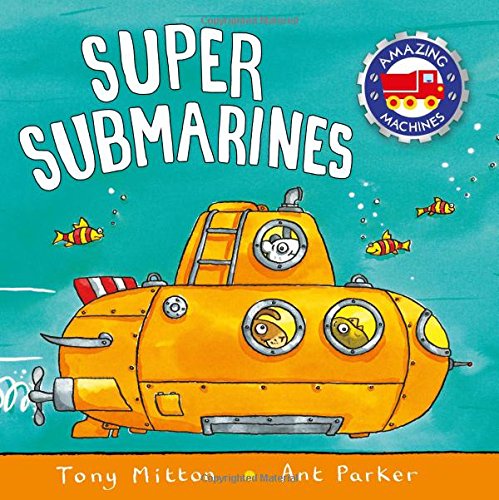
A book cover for Super Submarines (Amazing Machines); Tony Mitton; Children's Books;